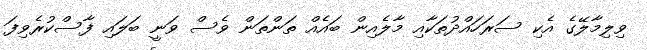
ވިލިމާލޭގެ އެކި ސަރަހައްދުތަކާއި މާލެއިން ބައެއް ތަންތަން ވެސް ވަނީ ބަލައި ފާސްކުރެވިފަ